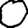
Digit: 0